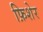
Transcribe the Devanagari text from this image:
फ़िशेर